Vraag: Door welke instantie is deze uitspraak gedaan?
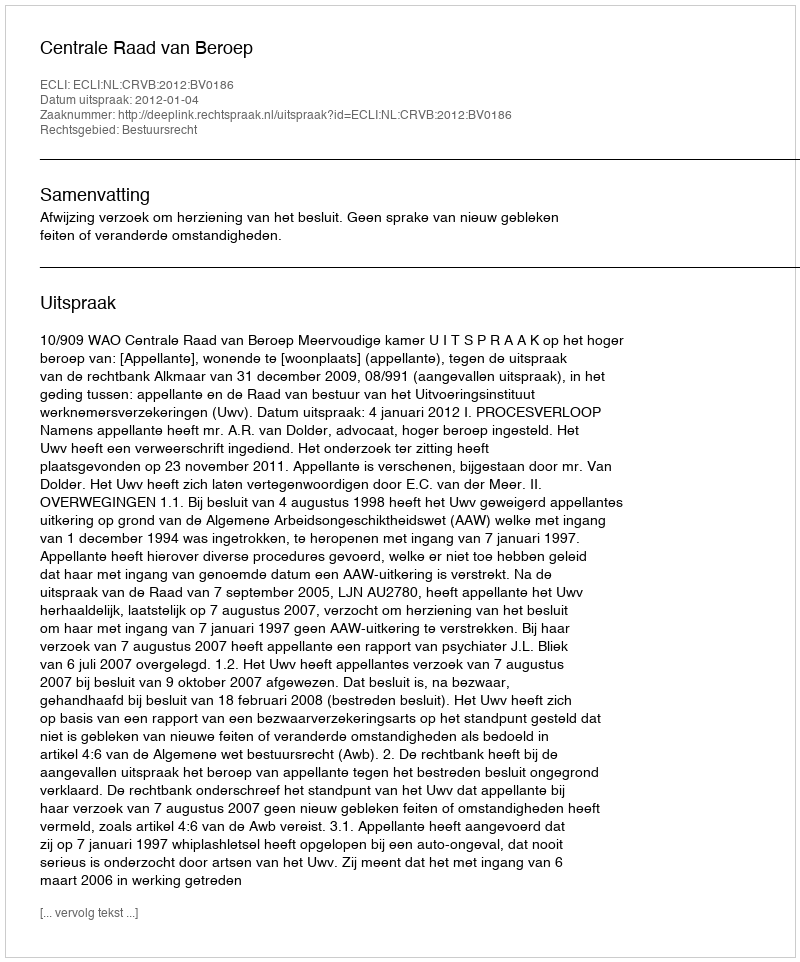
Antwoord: Centrale Raad van Beroep